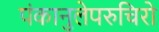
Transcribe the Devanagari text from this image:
पंकानुलेपरुचिरो